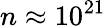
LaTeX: n\approx 10^{21}